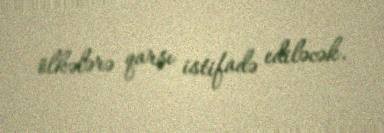
ölkələrə qarşı istifadə ediləcək.